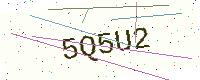
Text: 5Q5U2